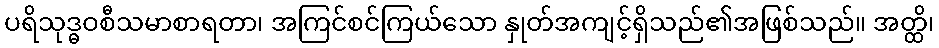
ပရိသုဒ္ဓဝစီသမာစာရတာ၊ အကြင်စင်ကြယ်သော နှုတ်အကျင့်ရှိသည်၏အဖြစ်သည်။ အတ္ထိ၊